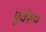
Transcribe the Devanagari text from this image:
पूर्वरुप